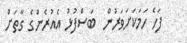
ފަހެ ހަމަކަށަވަރުން  ބަސްފުޅު އެއުރެންގެ ގާތަށް